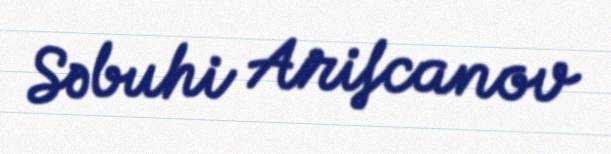
Səbuhi Arifcanov